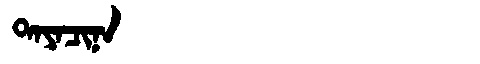
Manchu: ᡨᠠᠶᠠᠴᡳᠨᠠ
Romanization: TAYACINA